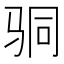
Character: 𩧲